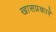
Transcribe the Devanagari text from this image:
खासप्रकारे